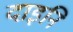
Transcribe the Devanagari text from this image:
दाइनि